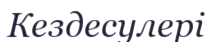
Кездесулері